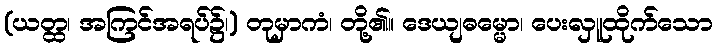
(ယတ္ထ၊ အကြင်အရပ်၌၊) တုမှာကံ၊ တို့၏။ ဒေယျဓမ္မော၊ ပေးလှူထိုက်သော